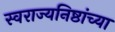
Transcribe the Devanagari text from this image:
स्वराज्यनिष्ठांच्या